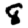
Digit: 8